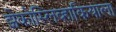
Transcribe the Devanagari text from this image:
झेकोस्लिव्हाकियाला